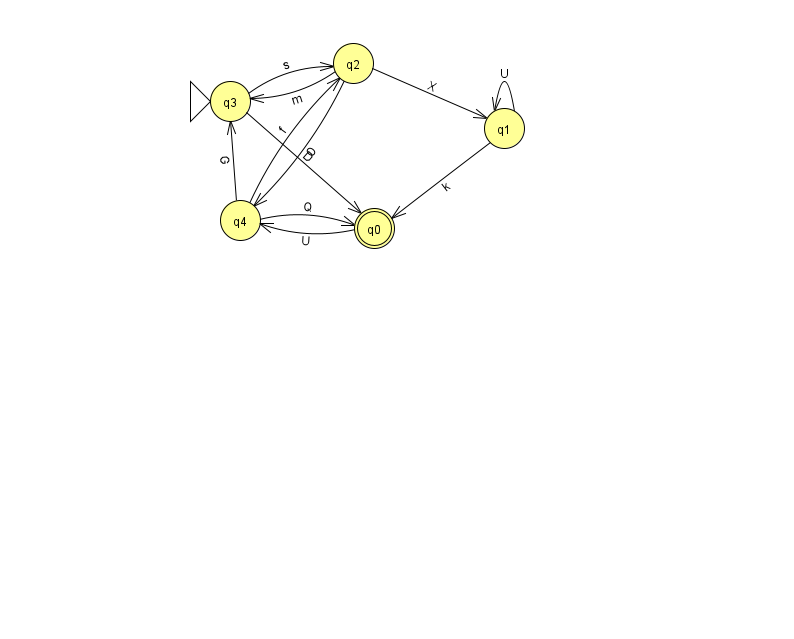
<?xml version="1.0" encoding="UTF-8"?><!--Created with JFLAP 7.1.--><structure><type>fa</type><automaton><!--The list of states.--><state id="0" name="q0"><x>374.0</x><y>215.0</y><final/></state><state id="1" name="q1"><x>504.0</x><y>115.0</y></state><state id="2" name="q2"><x>353.0</x><y>50.0</y></state><state id="3" name="q3"><x>230.0</x><y>88.0</y><initial/></state><state id="4" name="q4"><x>240.0</x><y>207.0</y></state><!--The list of transitions.--><transition><from>0</from><to>4</to><read>U</read></transition><transition><from>2</from><to>3</to><read>m</read></transition><transition><from>1</from><to>1</to><read>U</read></transition><transition><from>4</from><to>0</to><read>Q</read></transition><transition><from>4</from><to>2</to><read>f</read></transition><transition><from>2</from><to>1</to><read>X</read></transition><transition><from>3</from><to>2</to><read>s</read></transition><transition><from>3</from><to>0</to><read>D</read></transition><transition><from>1</from><to>0</to><read>k</read></transition><transition><from>2</from><to>4</to><read>O</read></transition><transition><from>4</from><to>3</to><read>G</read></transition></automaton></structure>